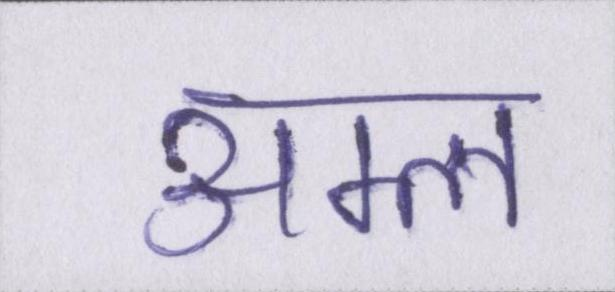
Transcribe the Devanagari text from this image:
अम्ल